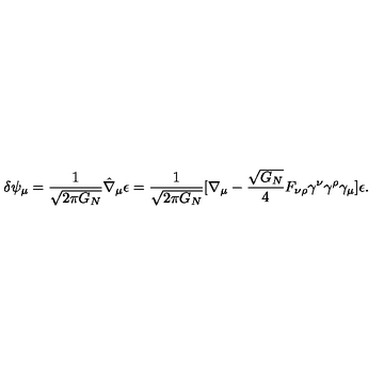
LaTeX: \delta \psi _ { \mu } = { \frac { 1 } { \sqrt { 2 \pi G _ { N } } } } \hat { \nabla } _ { \mu } \epsilon = { \frac { 1 } { \sqrt { 2 \pi G _ { N } } } } [ \nabla _ { \mu } - { \frac { \sqrt { G _ { N } } } { 4 } } F _ { \nu \rho } \gamma ^ { \nu } \gamma ^ { \rho } \gamma _ { \mu } ] \epsilon .